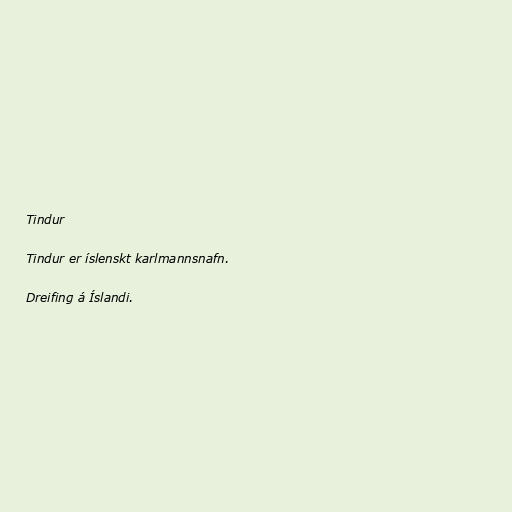
Tindur

Tindur er íslenskt karlmannsnafn.

Dreifing á Íslandi.